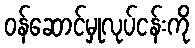
ဝန်ဆောင်မှုလုပ်ငန်းကို